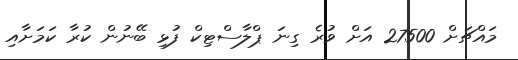
މައްޗަށް 27500 އަށް ވުރެ ގިނަ ޕްލާސްޓިކް ފުޅި ބޭނުން ކުރާ ކަމަށާއި